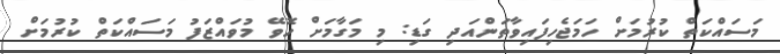
މަސައްކަތް ކުރުމަށް ހަމަޖެހިފައިވާތަންއަދި ގަޑި: މި މަގާމަށް ހޮވޭ މުވައްޒަފު މަސައްކަތް ކުރުމަށް